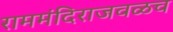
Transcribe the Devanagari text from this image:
राममंदिराजवळच